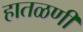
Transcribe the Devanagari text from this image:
हातळणी